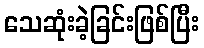
သေဆုံးခဲ့ခြင်းဖြစ်ပြီး